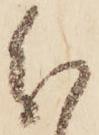
分